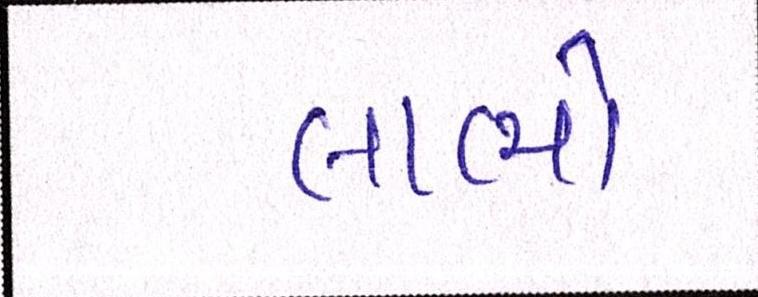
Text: લાભો